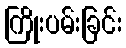
ကြိုးပမ်းခြင်း